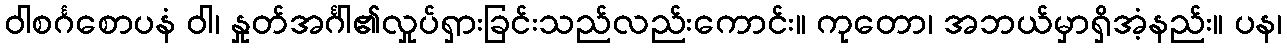
ဝါစင်္ဂစောပနံ ဝါ၊ နှုတ်အင်္ဂါ၏လှုပ်ရှားခြင်းသည်လည်းကောင်း။ ကုတော၊ အဘယ်မှာရှိအံ့နည်း။ ပန၊